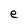
Character: e